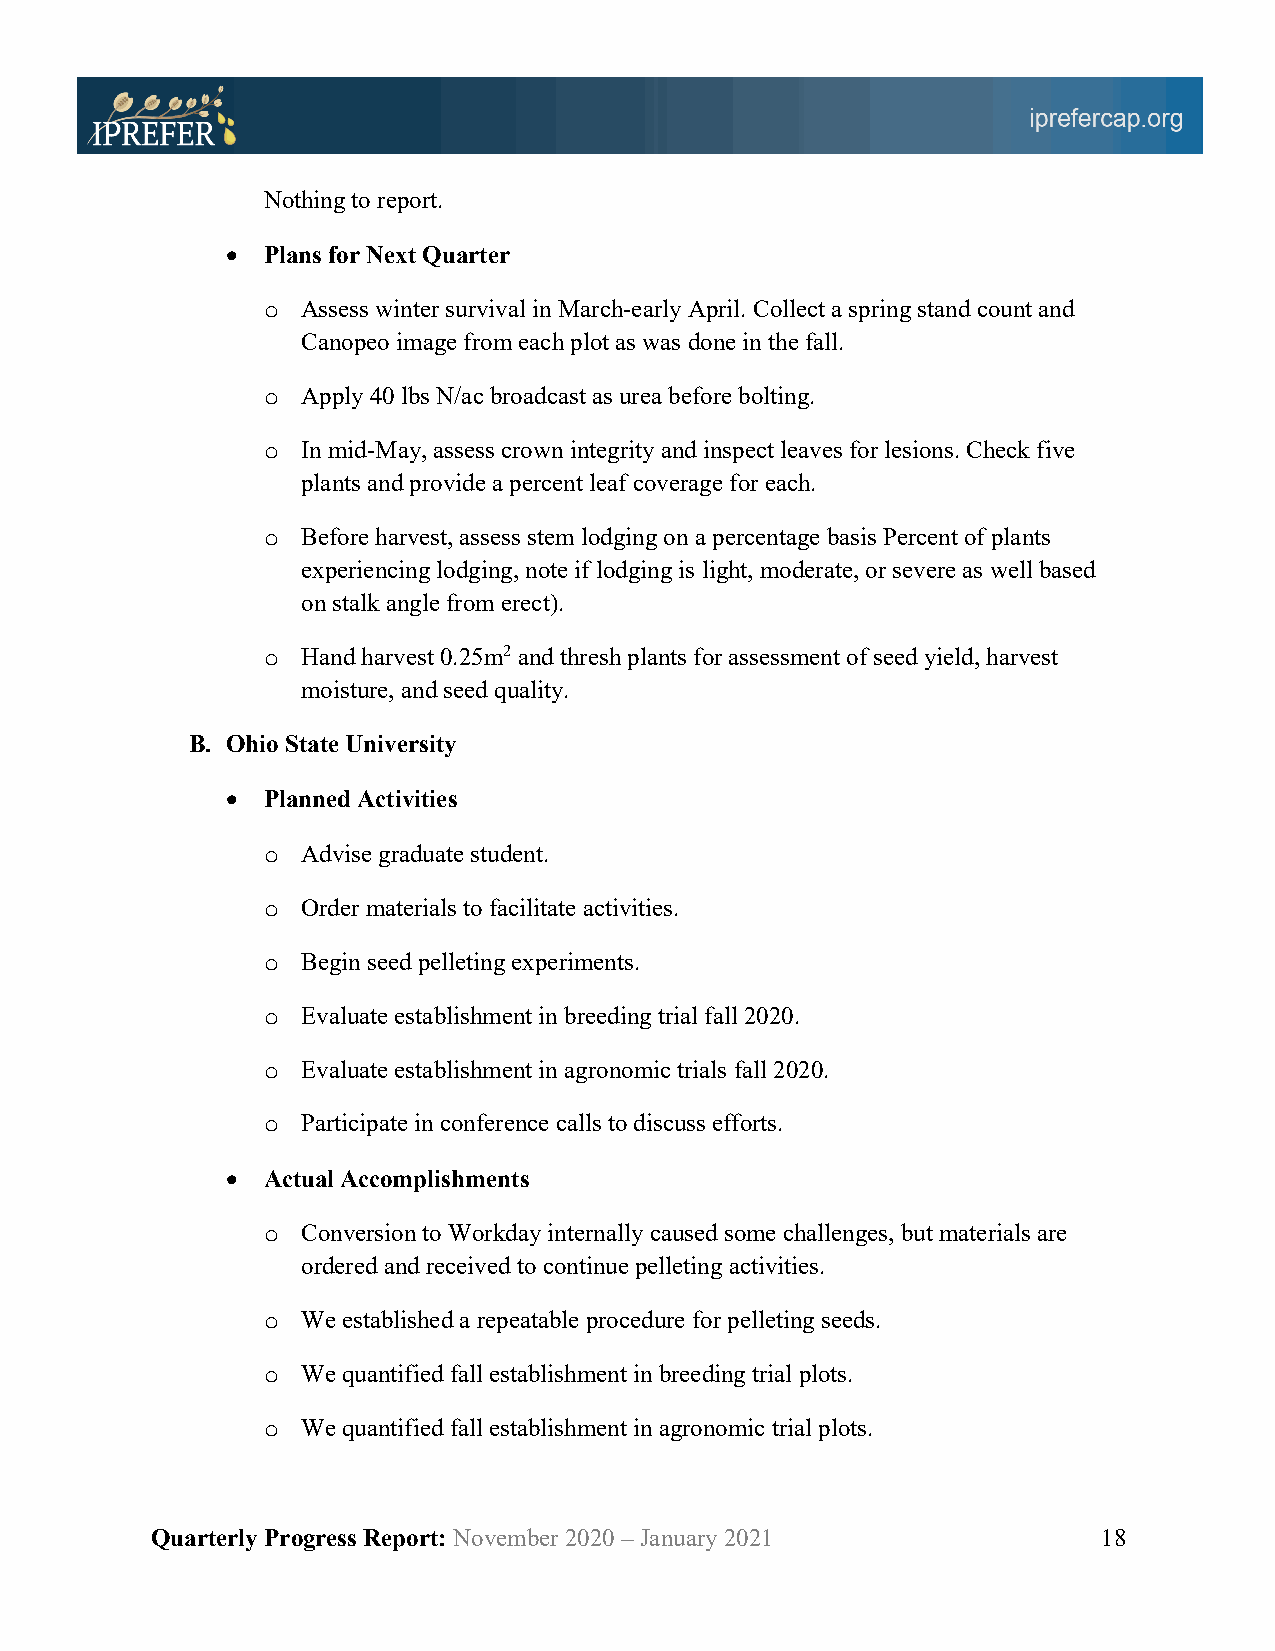
Nothing to report.
 • Plans for Next Quarter
 o  Assess winter survival in March-early April. Collect a spring stand count and
 Canopeo image from each plot as was done in the fall.
 o  Apply 40 lbs N/ac broadcast as urea before bolting.
 o  In mid-May, assess crown integrity and inspect leaves for lesions. Check five
 plants and provide a percent leaf coverage for each.
 o  Before harvest, assess stem lodging on a percentage basis Percent of plants
 experiencing lodging, note if lodging is light, moderate, or severe as well based
 on stalk angle from erect).
 o  Hand harvest 0.25m2 and thresh plants for assessment of seed yield, harvest
 moisture, and seed quality.
 B. Ohio State University
 • Planned Activities
 o  Advise graduate student.
 o  Order materials to facilitate activities.
 o  Begin seed pelleting experiments.
 o  Evaluate establishment in breeding trial fall 2020.
 o  Evaluate establishment in agronomic trials fall 2020.
 o  Participate in conference calls to discuss efforts.
 • Actual Accomplishments
 o  Conversion to Workday internally caused some challenges, but materials are
 ordered and received to continue pelleting activities.
 o  We established a repeatable procedure for pelleting seeds.
 o  We quantified fall establishment in breeding trial plots.
 o  We quantified fall establishment in agronomic trial plots.
 Quarterly Progress Report: November 2020 – January 2021        18